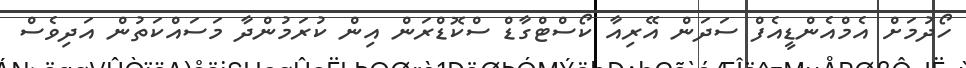
ހޯދުމަށް އެމްއެންޑީއެފް ސަދަން އޭރިއާ ކޯސްޓްގާޑް ސްކޮޑްރަން އިން ކުރަމުންދާ މަސައްކަތުން އަދިވެސް